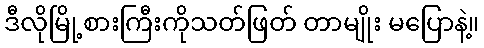
ဒီလိုမြို့စားကြီးကိုသတ်ဖြတ် တာမျိုး မပြောနဲ့။